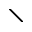
\setminus